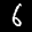
Label: 6